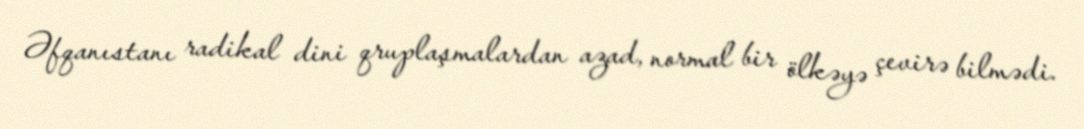
Əfqanıstanı radikal dini qruplaşmalardan azad, normal bir ölkəyə çevirə bilmədi.